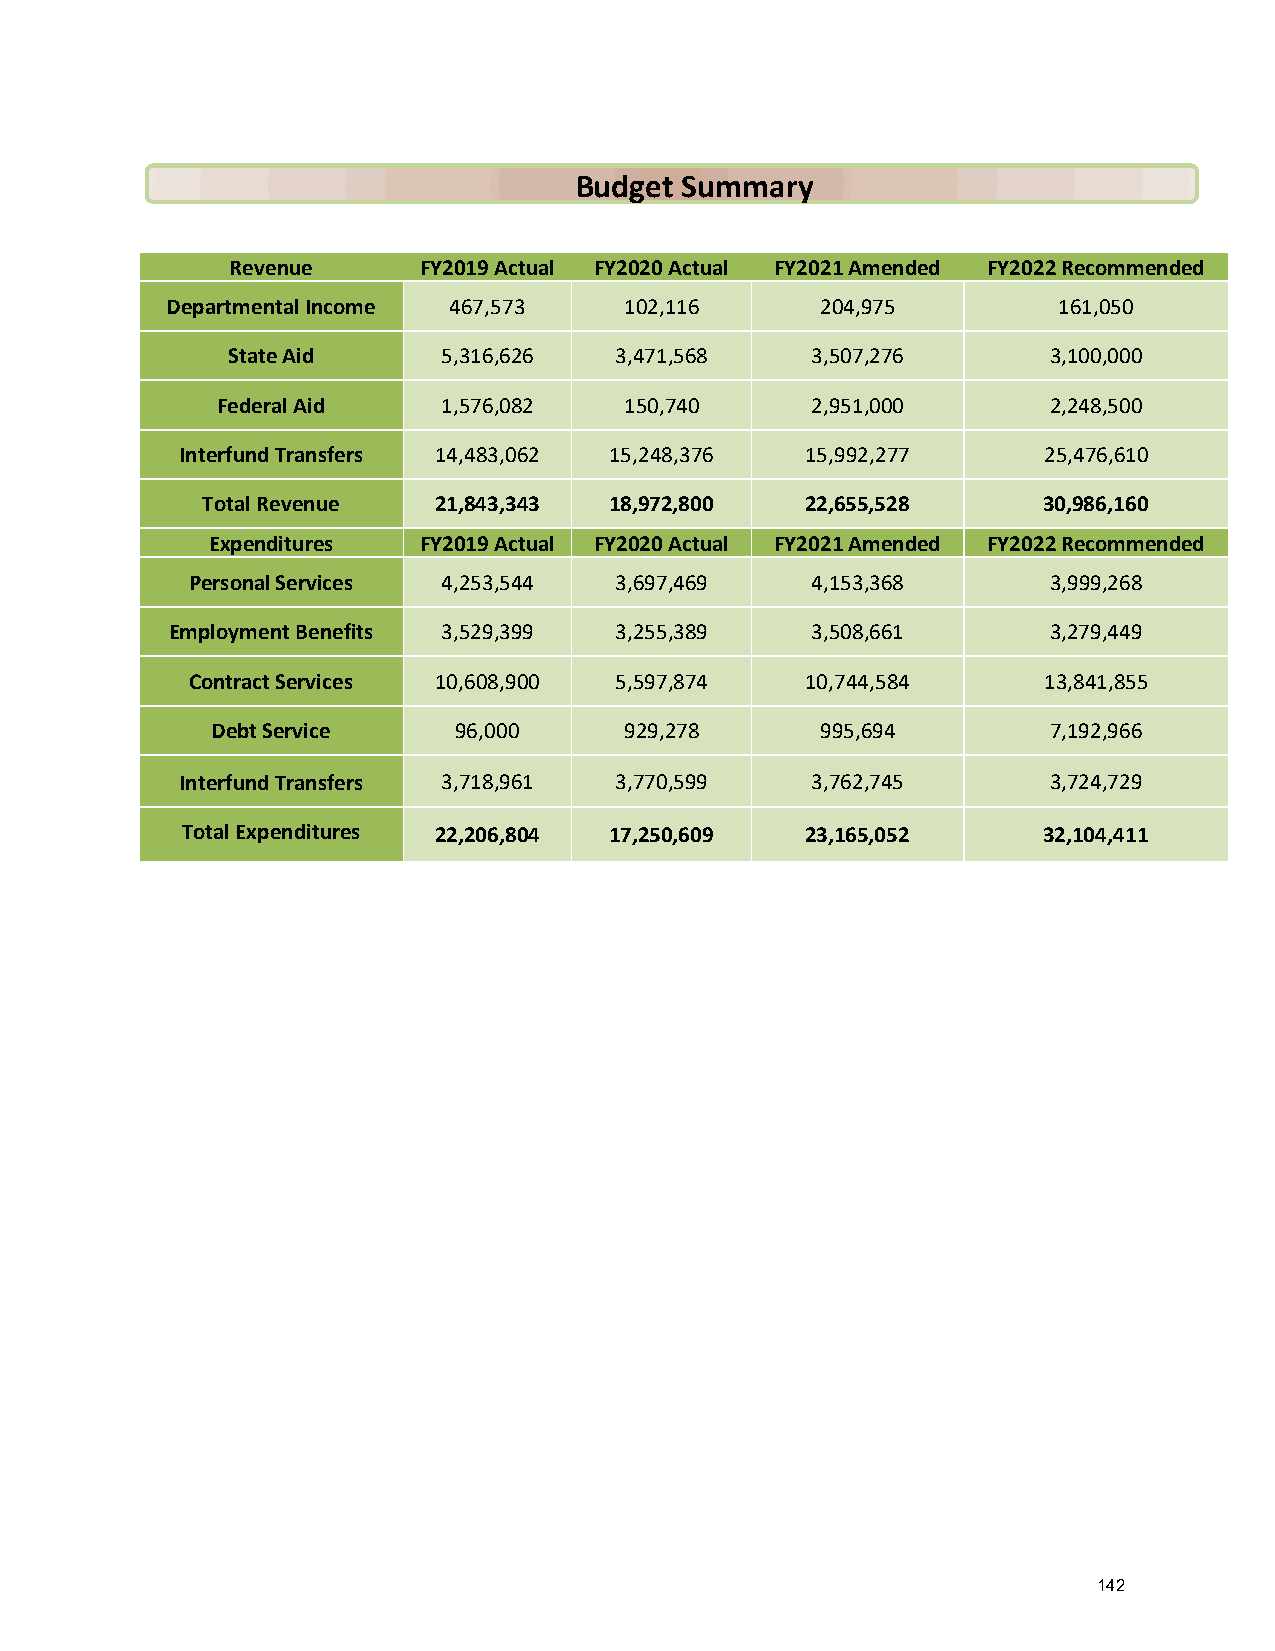
Budget Summary
 Revenue      FY2019 Actual FY2020 Actual FY2021 Amended FY2022 Recommended
 Departmental Income 467,573   102,116      204,975         161,050
 State Aid     5,316,626   3,471,568    3,507,276      3,100,000
 Federal Aid    1,576,082   150,740      2,951,000      2,248,500
 Interfund Transfers 14,483,062 15,248,376 15,992,277     25,476,610
 Total Revenue   21,843,343 18,972,800   22,655,528      30,986,160
 Expenditures  FY2019 Actual FY2020 Actual FY2021 Amended FY2022 Recommended
 Personal Services 4,253,544  3,697,469    4,153,368      3,999,268
 Employment Benefits 3,529,399 3,255,389    3,508,661      3,279,449
 Contract Services 10,608,900 5,597,874   10,744,584      13,841,855
 Debt Service    96,000     929,278      995,694        7,192,966
 Interfund Transfers 3,718,961 3,770,599   3,762,745      3,724,729
 Total Expenditures 22,206,804 17,250,609 23,165,052      32,104,411
 142